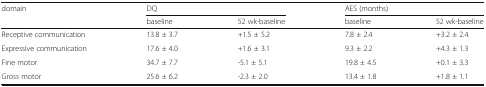
<table><thead><tr><td rowspan="2"><b>domain</b></td><td colspan="2"><b>DQ</b></td><td colspan="2"><b>AES (months)</b></td></tr><tr><td><b>baseline</b></td><td><b>52 wk-baseline</b></td><td><b>baseline</b></td><td><b>52 wk-baseline</b></td></tr></thead><tbody><tr><td>Receptive communication</td><td>13.8 ± 3.7</td><td>+1.5 ± 5.2</td><td>7.8 ± 2.4</td><td>+3.2 ± 2.4</td></tr><tr><td>Expressive communication</td><td>17.6 ± 4.0</td><td>+1.6 ± 3.1</td><td>9.3 ± 2.2</td><td>+4.3 ± 1.3</td></tr><tr><td>Fine motor</td><td>34.7 ± 7.7</td><td>-5.1 ± 5.1</td><td>19.8 ± 4.5</td><td>+0.1 ± 3.3</td></tr><tr><td>Gross motor</td><td>25.6 ± 6.2</td><td>-2.3 ± 2.0</td><td>13.4 ± 1.8</td><td>+1.8 ± 1.1</td></tr></tbody></table>